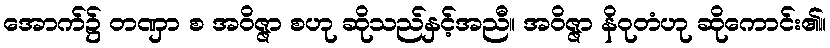
အောက်၌ တဏှာ စ အဝိဇ္ဇာ စဟု ဆိုသည်နှင့်အညီ။ အဝိဇ္ဇာ နိဝုတံဟု ဆိုကောင်း၏။